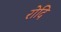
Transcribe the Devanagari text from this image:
रोदि